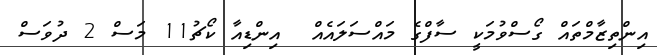
އިންތިޒާމްތައް ގޯސްވުމަކީ ސާފްގެ މައްސަލައެއް  އިންޑިއާ ކޯޗު11 މަސް 2 ދުވަސް